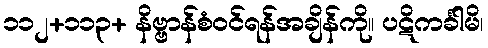
၁၁၂+၁၁၃+ နိဗ္ဗာန်စံဝင်ရန်အချိန်ကို။ ပဋိကင်္ခါမိ၊